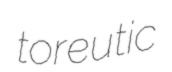
toreutic